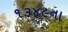
૧૩૪૯ના